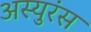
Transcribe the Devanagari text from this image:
अस्युरंस